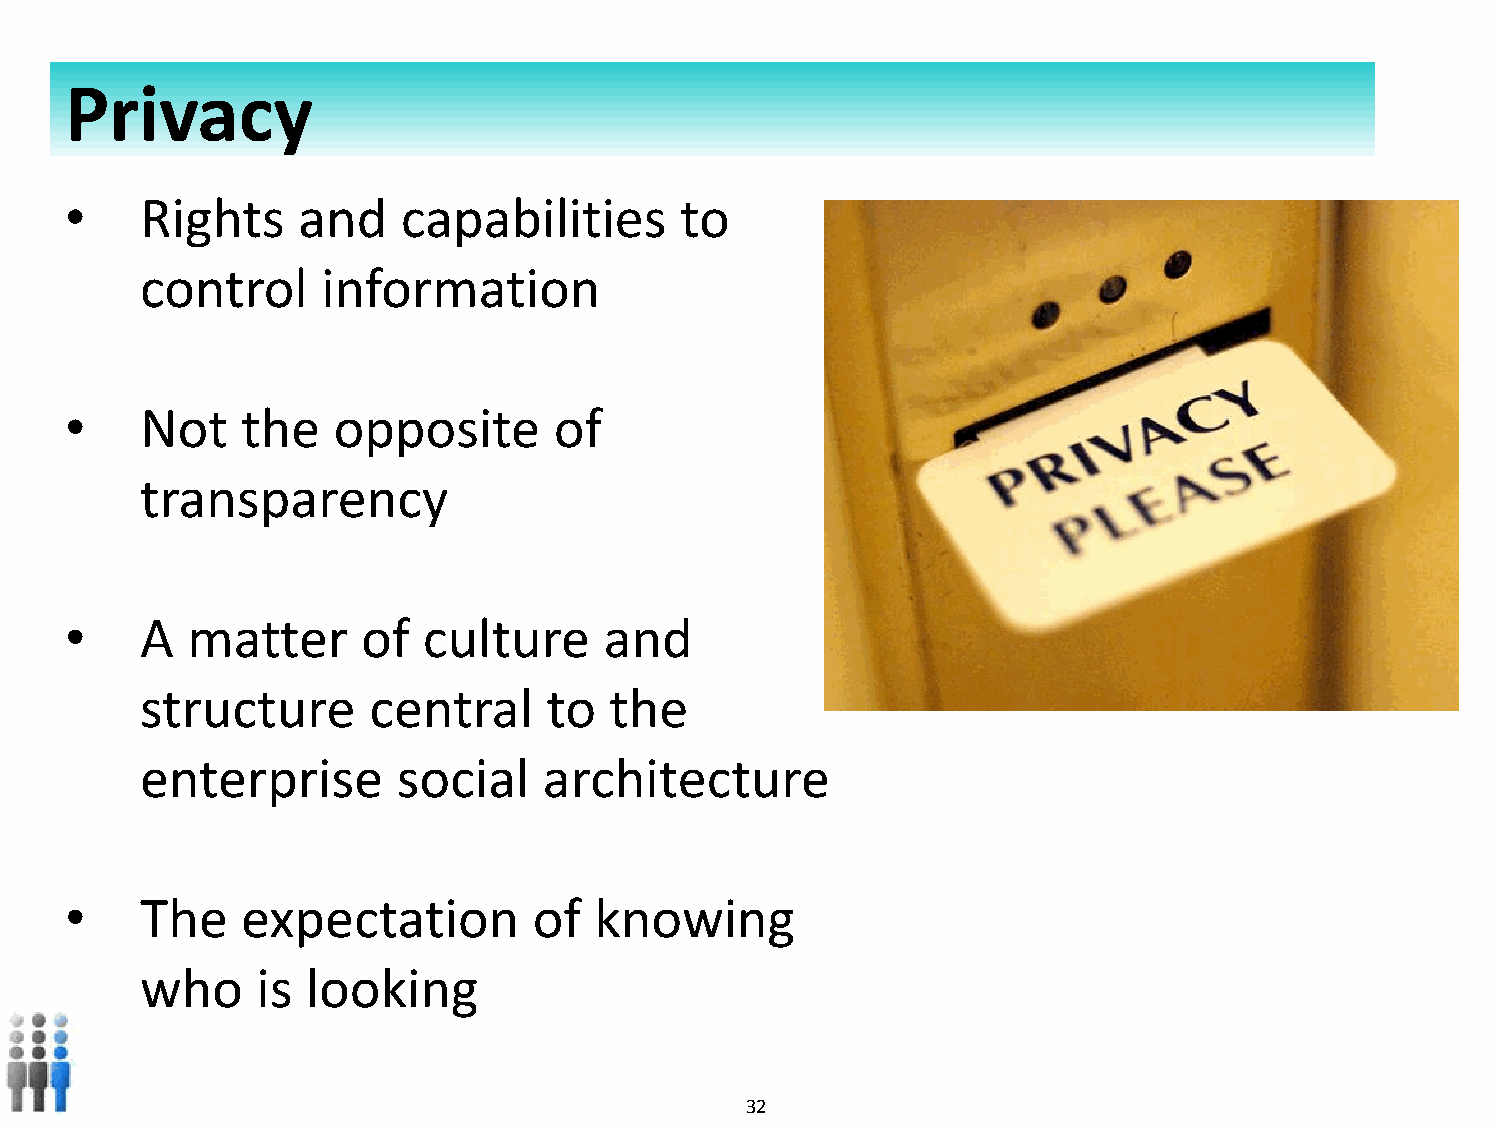
Privacy
 •    Rights     and    capabilities      to
 control     information
 •    Not    the   opposite       of
 transparency
 •    A  matter      of  culture     and
 structure      central     to  the
 enterprise       social    architecture
 •    The    expectation        of  knowing
 who     is looking
 Copyright © 2010- 2012 All rights reserved. 32   Private and confidential. Do not duplicate.